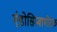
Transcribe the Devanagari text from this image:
एंडोसिम्बायोटक